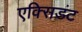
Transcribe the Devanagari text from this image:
एक्सिडंट